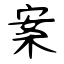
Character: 案